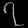
Digit: ၇